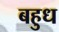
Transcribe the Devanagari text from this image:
बहुध